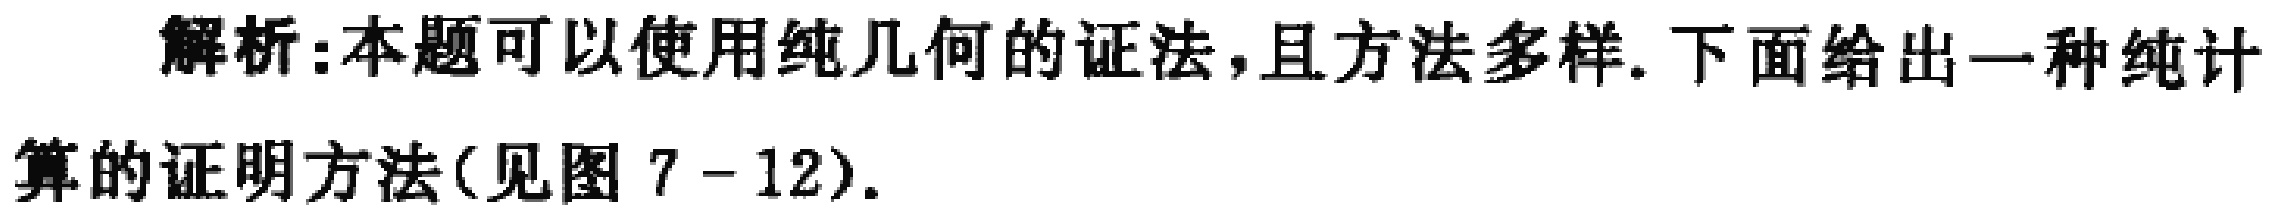
解析:本题可以使用纯几何的证法,且方法多样.下面给出一种纯计算的证明方法(见图 7 - 12).